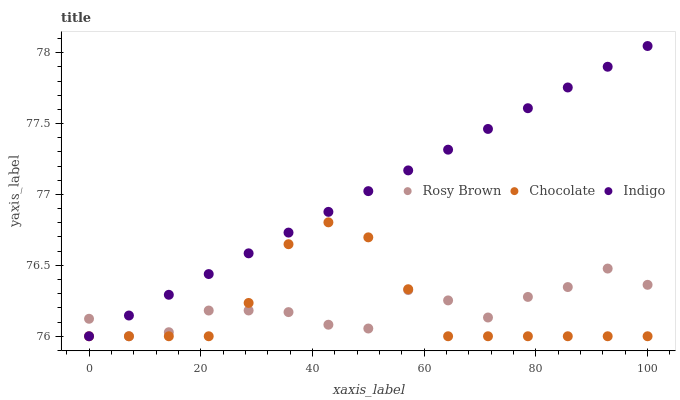
| xaxis_label | Rosy Brown | Chocolate | Indigo |
 | --- | --- | --- | --- |
 | 0 | 76.1 | 76 | 76 |
 | 7.14 | 76 | 76 | 76.1 |
 | 14.3 | 76 | 76 | 76.3 |
 | 21.4 | 76.2 | 76 | 76.4 |
 | 28.6 | 76.2 | 76.2 | 76.6 |
 | 35.7 | 76.2 | 76.6 | 76.7 |
 | 42.9 | 76.1 | 76.8 | 76.9 |
 | 50 | 76.1 | 76.7 | 77 |
 | 57.1 | 76.3 | 76.3 | 77.2 |
 | 64.3 | 76.3 | 76 | 77.3 |
 | 71.4 | 76.1 | 76 | 77.5 |
 | 78.6 | 76.3 | 76 | 77.6 |
 | 85.7 | 76.3 | 76 | 77.8 |
 | 92.9 | 76.5 | 76 | 77.9 |
 | 100 | 76.4 | 76 | 78 |